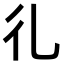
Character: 𢒽